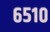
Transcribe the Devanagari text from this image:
६५१०